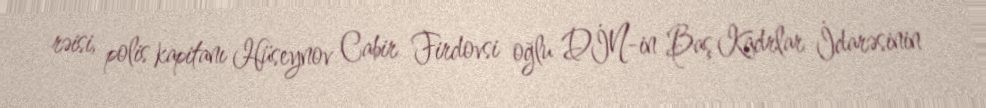
rəisi, polis kapitanı Hüseynov Cabir Firdovsi oğlu DİN-in Baş Kadrlar İdarəsinin